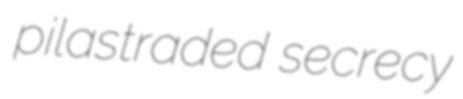
pilastraded secrecy